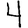
Digit: 4